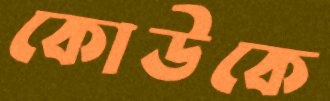
কোউকে